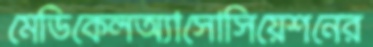
মেডিকেলঅ্যাসোসিয়েশনের